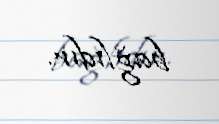
bağlıdır.